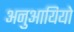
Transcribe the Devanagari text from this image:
अनुआयियो